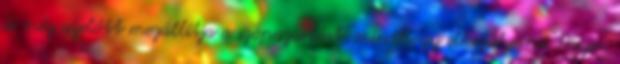
és még azelőtt megállítja a szópazarlást, minthogy elkezdhetné. Hiszen